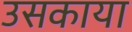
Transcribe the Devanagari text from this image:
उसकाया